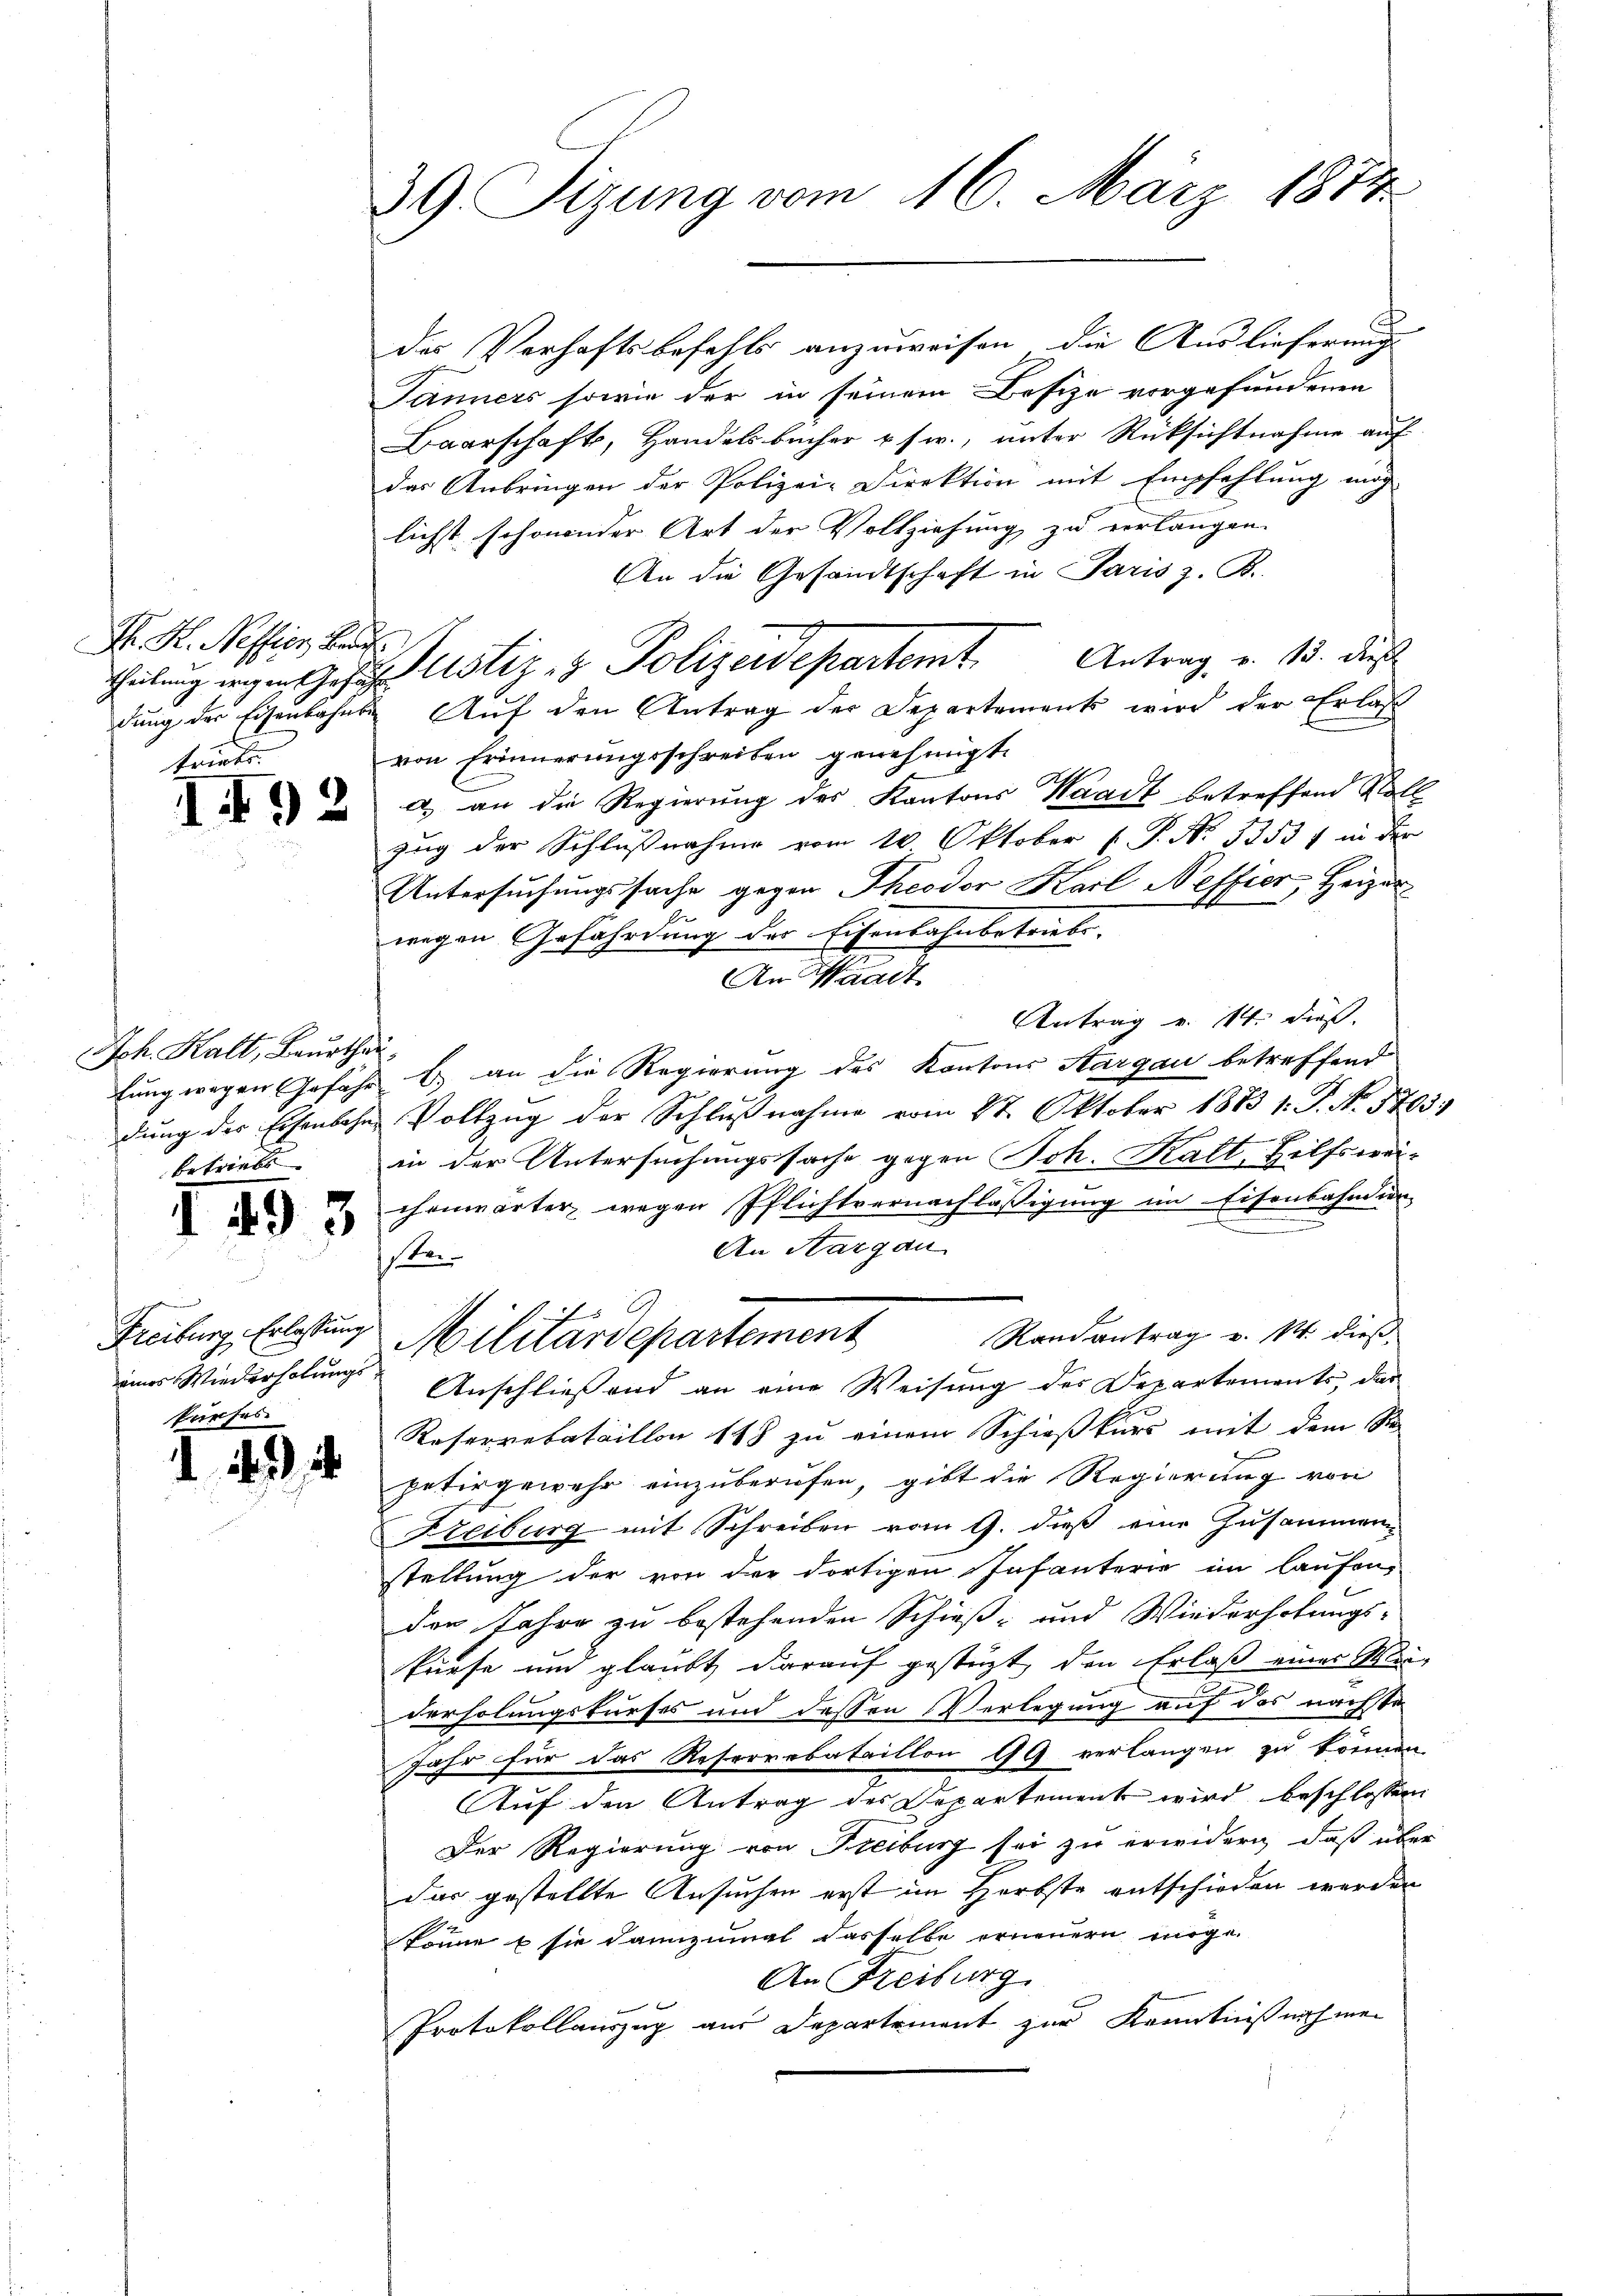
H. H. Neffier, Bau
triebe.

I93

Jch. Kalt, Beurthau
betriebe

493

Freiburg, Erlassung
eines Wiederholungskurfes

1

39. Sizung vom 16. März 1874.

des Verhaftsbefehls anzuweisen, die Auslieferung
Jänners sowie der in seinem Besize vorgefundenen
Baarschaft, Handelsbücher usw., unter Rücksichtnahme auf
das Anbringen der Polizei-Direktion mit Empfehlung mög
lichst schonender Art der Vollziehung zu verlangen.
An die Gesandtschaft in Paris z. B.
dung der Eisenbahns Auf den Antrag der Departements wird der Erlaß
von Erinnerungsschreiben genehmigt.
a) an die Regierung des Kantons Waadt betreffend Voll
zug der Schlußnahme vom 10 Oktober 1. P. Nr. 5353 f in der
Untersuchungssache gegen Theodor Karl Neffier, Heizer
wegen Gefährdung des Eisenbahnbetriebs-
An Waadt
Antrag v. 14. dieß.
lung wegen Gefähr u. an die Regierung des Kantons Aargau betreffend
dung der Eisenbahne Vollzug der Schlußnahme vom 27. Oktober 1883 1. J. N. 1803.
in der Untersuchungssache gegen Joh. Kalt, Hilfswei-
chenwärter wegen Pflichtvernachläßigung im Eisenbahndien
An Aargau
e
3
c
Miluardepartement Randantrag v. M. dies
Anschließend an eine Weisung des Departements, das
Reserrebataillon 148 zu einem Schießkurs mit dem Ste
petirgewehr einzuberufen, gibt die Regierung von
Freiburg mit Schreiben vom 9. dieß eine Zusammen-
stellung der von der dortigen Infanterie im laufen,
den Jahre zu bestehenden Schieß- und Wiederholungs-
kürfe und glaubt darauf gestüzt, den Erlaß einer Meiderholungskurses und dessen Verlegung auf das nächste
Jahr für das Reserrebataillon 99 verlangen zu können.
Auf den Antrag des Departement wird beschlossen
Der Regierung von Freiburg sei zu erwidern, daß über
das gestellte Ansuchen erst im Herbste entschieden werden
könne u sie dannzumal dasselbe erneuern möge.
An Freiburg
Protokollauszug aus Departement zur Kenntniß nach mei

Theilungen Justiz- & Polizeidepartemt. Antrag v. 13. dieß